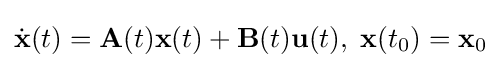
{\dot {\mathbf {x} }}(t)=\mathbf {A} (t)\mathbf {x} (t)+\mathbf {B} (t)\mathbf {u} (t),\;\mathbf {x} (t_{0})=\mathbf {x} _{0}